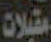
مقبلات